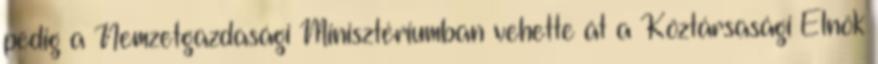
pedig a Nemzetgazdasági Minisztériumban vehette át a Köztársasági Elnök